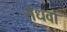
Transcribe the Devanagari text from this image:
सैंधवों